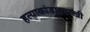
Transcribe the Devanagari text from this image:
हत्याकांडासारखी